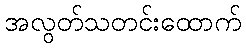
အလွတ်သတင်းထောက်